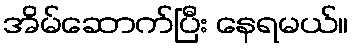
အိမ်ဆောက်ပြီး နေရမယ်။